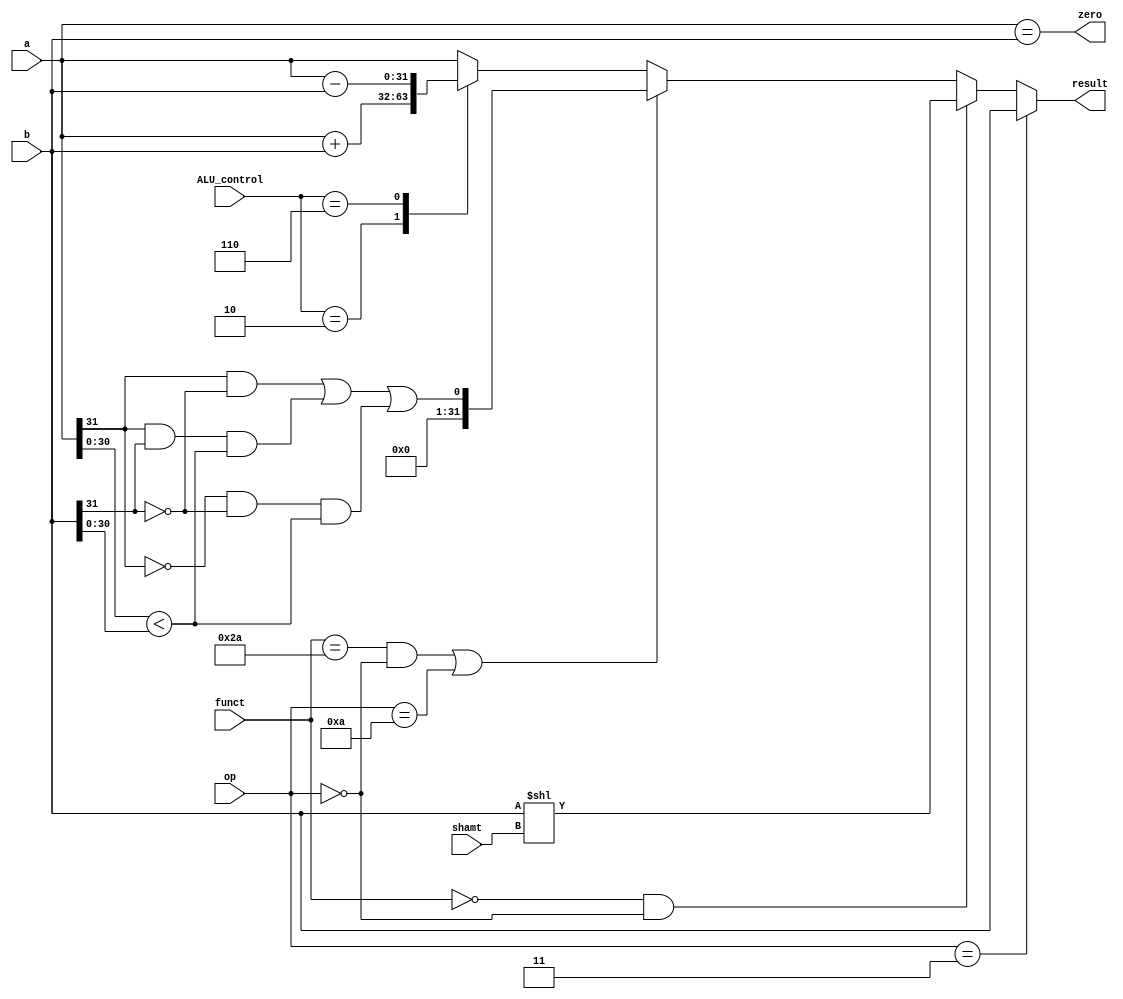
`timescale 1ns / 1ps

module ALU(a,b,ALU_control,funct,op,result,zero,shamt);
input [31:0]a;
input [31:0]b;
input [3:0]ALU_control;
input [5:0]funct;
input [5:0]op;
input [5:0]shamt;
output [31:0]result;
output zero;
reg [31:0]result=0;
parameter ADD = 4'b0010;
parameter SUB = 4'b0110;
parameter SLT = 4'b1111;
parameter OR = 4'b0001;
parameter JAL_op=6'b000011;
parameter R_op=6'b000000;
parameter slt_funct=6'b101010;
parameter sll_funct=6'b000000;
parameter SLTI_op=6'b001010;
parameter ADDU_funct = 6'b100001;
integer i;
//parameter AND = 4'b0000;
//parameter SLTU = 4'b101;
//parameter SLT = 4'b1111;
//parameter XOR = 4'b111; 
assign zero= a==b;
always@(a,b,ALU_control,funct,op)begin
if(op==JAL_op)result=b;//jal
else if(funct==sll_funct&&op==R_op)result=(b<<shamt);
else if((funct==slt_funct&&op==R_op)||op==SLTI_op)result= (a[31]&&~b[31])||(a[31]&&b[31]&&a[30:0]<b[30:0])||(~a[31]&&~b[31]&&a[30:0]<b[30:0]);//sltslti
else 
begin
    case(ALU_control)    //
    ADD : result = a + b;  //
    SUB ://begin 
    //if(a<b)result =32'hffffffff-b+a+1 ;  //
     result=a-b;
    //end
    //SLL : result = b << a;  //BA
    //OR : result = b | a;  //
//    AND : result = a & b;  //
    //SLTU : result = a < b;  //A<B
    //SLT : result = a[31] != b[31] ? a[31] > b[31] : a < b;    //A<B
    //XOR : result = a ^ b;    //
    default : result = a;
    endcase
end
end
endmodule